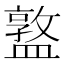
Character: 𥂦